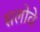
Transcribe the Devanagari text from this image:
सलोवे